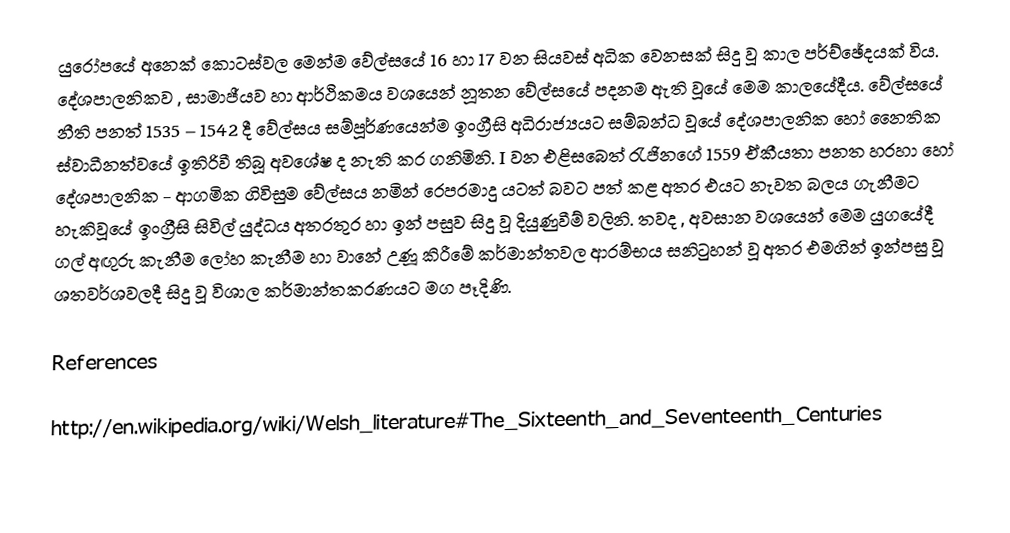
යුරෝපයේ අනෙක් කොටස්වල මෙන්ම වේල්සයේ 16 හා 17 වන සියවස් අධික වෙනසක් සිදු වූ කාල පර්ච්ඡේදයක් විය. දේශපාලනිකව , සාමාජීයව හා ආර්ථිකමය වශයෙන් නූතන වේල්සයේ පදනම ඇති වූයේ මෙම කාලයේදීය. වේල්සයේ නීති පනත් 1535 – 1542 දී වේල්සය සම්පූර්ණයෙන්ම ඉංග්‍රීසි අධිරාජ්‍යයට සම්බන්ධ වූයේ දේශපාලනික හෝ නෛතික ස්වාධීනත්වයේ ඉතිරිවී තිබූ අවශේෂ ද නැති කර ගනිමිනි. I වන එළිසබෙත් රැජිනගේ 1559  ඒකීයතා පනත හරහා හෝ දේශපාලනික - ආගමික ගිවිසුම වේල්සය නමින් රෙපරමාදු යටත් බවට පත් කළ අතර එයට නැවත බලය ගැනීමට හැකිවූයේ ඉංග්‍රීසි සිවිල් යුද්ධය අතරතුර හා ඉන් පසුව සිදු වූ දියුණුවීම් වලිනි. තවද , අවසාන වශයෙන් මෙම යුගයේදී ගල් අඟුරු කැනීම ලෝහ කැනීම හා වානේ උණූ කිරීමේ කර්මාන්තවල ආරම්භය සනිටුහන් වූ අතර එමගින් ඉන්පසු වූ ශතවර්ශවලදී සිදු වූ විශාල කර්මාන්තකරණයට මග පෑදිණි.

References

http://en.wikipedia.org/wiki/Welsh_literature#The_Sixteenth_and_Seventeenth_Centuries